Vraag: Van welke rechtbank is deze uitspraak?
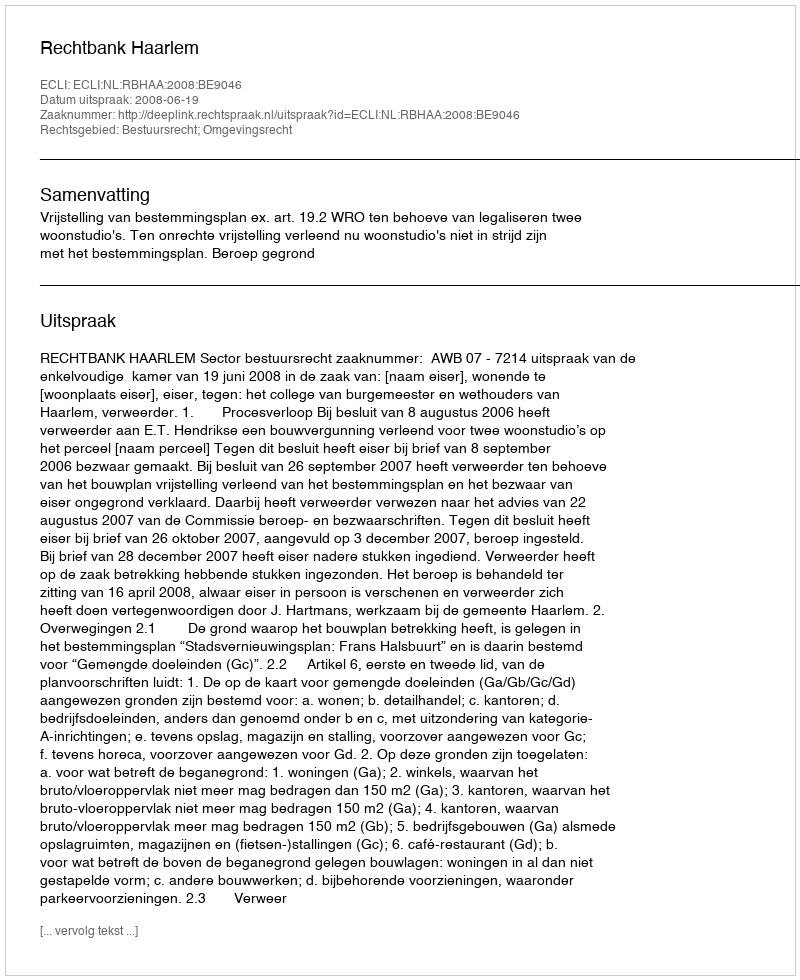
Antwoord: Rechtbank Haarlem